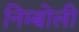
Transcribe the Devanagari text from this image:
निम्‍बोली